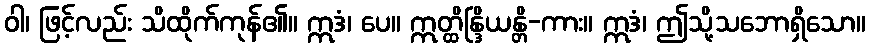
ဝါ၊ ဖြင့်လည်း သိထိုက်ကုန်၏။ ဣဒံ၊ ပေ။ ဣတ္ထိန္ဒြိယန္တိ-ကား။ ဣဒံ၊ ဤသို့သဘောရှိသော။